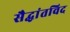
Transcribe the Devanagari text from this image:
सैद्धांतविद